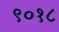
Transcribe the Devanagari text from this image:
९०१८